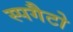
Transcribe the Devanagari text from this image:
स्पगैटो